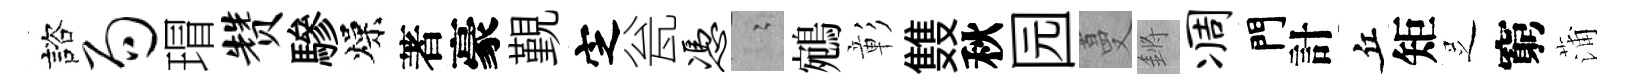
諮局瑁赞驂燥著豪覲㝎瓮凭隐鵷彰䨇秋园蔓鏘凋門計丘矩𠯁窮蒲